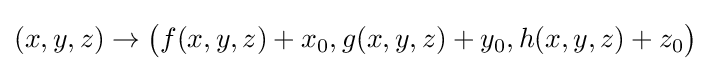
(x,y,z)\to {\big (}f(x,y,z)+x_{0},g(x,y,z)+y_{0},h(x,y,z)+z_{0}{\big )}